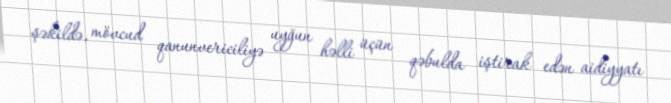
şəkildə, mövcud qanunvericiliyə uyğun həlli üçün qəbulda iştirak edən aidiyyatı